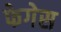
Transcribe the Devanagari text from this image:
फेगेस